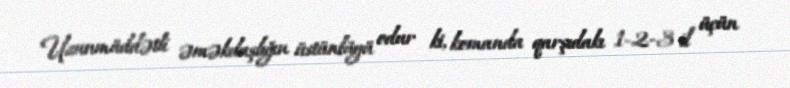
Uzunmüddətli əməkdaşlığın üstünlüyü odur ki, komanda qarşıdakı 1-2-3 il üçün